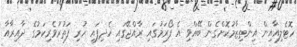
ހޮޓެލިއާއިން އިންތިޒާމުކޮށްގެން ބޭއްވި އެ ފޯރަމުގައި ރާއްޖޭގައި ހެދިފައި ހުރި ފަތުރުވެރިކަމުގެ ދާއިރާއާ